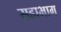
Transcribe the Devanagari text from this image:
सहाभाग